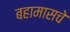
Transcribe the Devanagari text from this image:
बहामासचे